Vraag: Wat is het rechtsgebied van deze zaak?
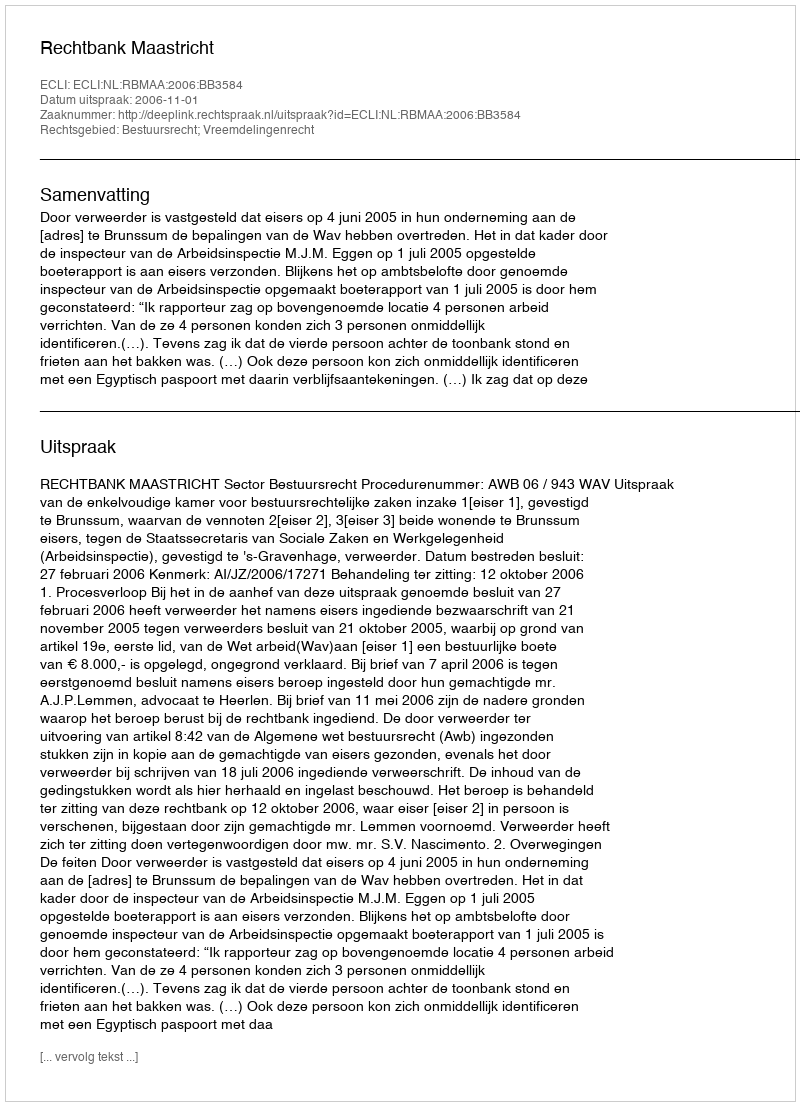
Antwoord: Bestuursrecht; Vreemdelingenrecht